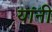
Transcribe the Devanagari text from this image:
यांंनी